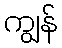
ကျွန်